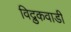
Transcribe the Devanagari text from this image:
विद्रुकवाडी